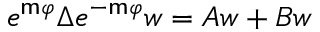
e ^ { \mathsf { m } \varphi } \Delta e ^ { - \mathsf { m } \varphi } w = A w + B w